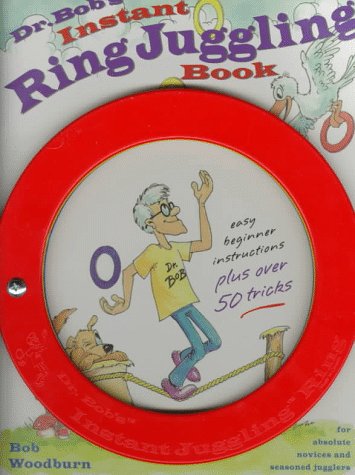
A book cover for Dr. Bob's Instant Ring Juggling Book; Bob Woodburn; Sports & Outdoors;